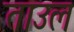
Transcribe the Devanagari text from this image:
ताउल